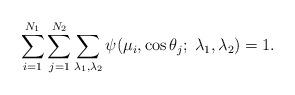
LaTeX: \begin{align*}\sum_{i=1}^{N_1}\sum_{j=1}^{N_2}\sum_{\lambda_1,\lambda_2}\psi(\mu_i,\cos\theta_j;\; \lambda_1,\lambda_2)=1.\end{align*}